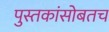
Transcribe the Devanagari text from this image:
पुस्तकांसोबतच